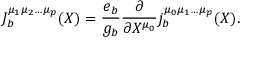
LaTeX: J _ { b } ^ { \mu _ { 1 } \mu _ { 2 } \ldots \mu _ { p } } ( X ) = \frac { e _ { b } } { g _ { b } } \frac { \partial } { \partial X ^ { \mu _ { 0 } } } j _ { b } ^ { \mu _ { 0 } \mu _ { 1 } \ldots \mu _ { p } } ( X ) .